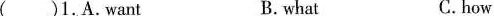
( )1.A.Want B. what C.how